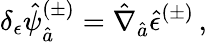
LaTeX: \delta_{\epsilon}\hat{\psi}_{\hat{a}}^{(\pm)}=\hat{\nabla}_{\hat{a}}\hat{\epsilon}^{(\pm)}\, ,